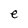
Character: e